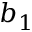
b _ { 1 }